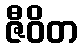
ဇီဝိတ